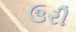
ઉરી